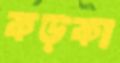
কড়কা